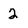
Character: 2